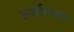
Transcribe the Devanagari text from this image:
ऊर्जावलय